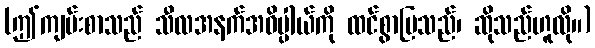
(ဤကျမ်းစာသည် သီလအနက်အဓိပ္ပါယ်ကို ထင်စွာပြသည်၊ ဆိုသည်ဟူလို။)